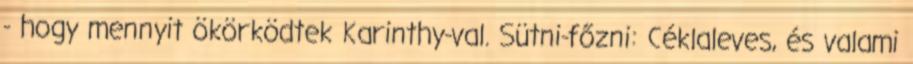
- hogy mennyit ökörködtek Karinthy-val. Sütni-főzni: Céklaleves, és valami